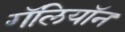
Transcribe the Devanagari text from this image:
गॅलियॉन